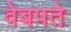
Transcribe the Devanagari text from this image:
वेबपते